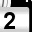
Digit: 2